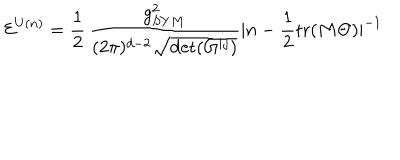
LaTeX: { \cal E } ^ { U ( n ) } = \frac { 1 } { 2 } \, \frac { g _ { S Y M } ^ { 2 } } { ( 2 \pi ) ^ { d - 2 } \sqrt { \det ( G ^ { i j } ) } } | n - \frac { 1 } { 2 } \mathrm { t r } ( M \Theta ) | ^ { - 1 } \,